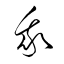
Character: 我